Report on sanitation, dispensaries, and jails in Rajputana for 1913, and on vaccination for the year 1913-1914 - 1913-1914
Year: 1913
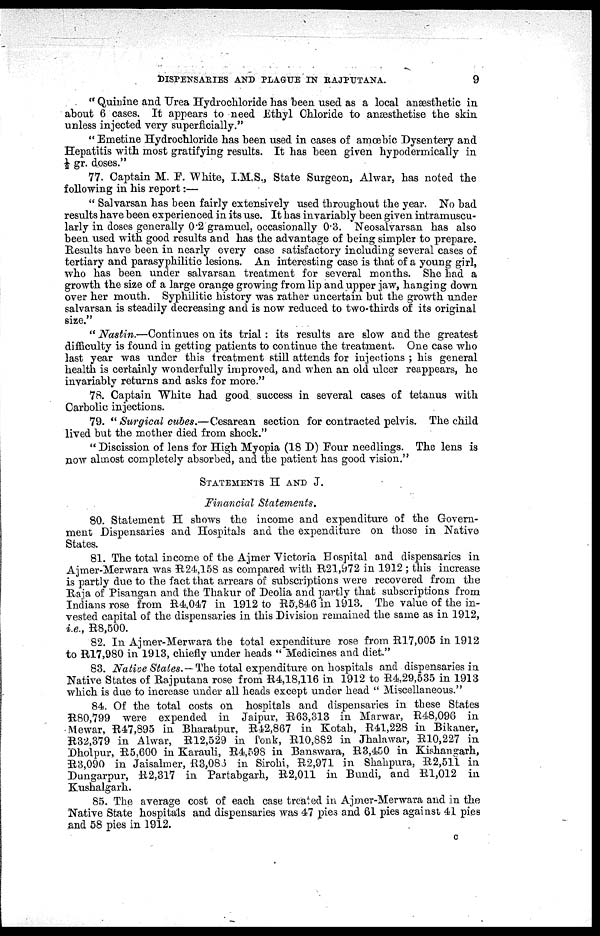
DISPENSARIES AND PLAGUE IN RAJPUTANA.
9
"Quinine and Urea Hydrochloride has been used as a local anæsthetic in
about 6 cases. It appears to need Ethyl Chloride to anæsthetise the skin
unless injected very superficially."
" Emetine Hydrochloride has been used in cases of amœbic Dysentery and
Hepatitis with most gratifying results. It has been given hypodermically in
½ gr. doses."
77. Captain M. F. White, I.M.S., State Surgeon, Alwar, has noted the
following in his report:—
" Salvarsan has been fairly extensively used throughout the year. No bad
results have been experienced in its use. It has invariably been given intramuscu-
larly in doses generally 0.2 gramuel, occasionally 0.3. Neosalvarsan has also
been used with good results and has the advantage of being simpler to prepare.
Results have been in nearly every case satisfactory including several cases of
tertiary and parasyphilitic lesions. An interesting case is that of a young girl,
who has been under salvarsan treatment for several months. She had a
growth the size of a large orange growing from lip and upper jaw, hanging down
over her mouth. Syphilitic history was rather uncertain but the growth under
salvarsan is steadily decreasing and is now reduced to two-thirds of its original
size."
" Nastin.—Continues on its trial : its results are slow and the greatest
difficulty is found in getting patients to continue the treatment. One case who
last year was under this treatment still attends for injections ; his general
health is certainly wonderfully improved, and when an old ulcer reappears, he
invariably returns and asks for more."
78. Captain White had good success in several cases of tetanus with
Carbolic injections.
79. " Surgical cubes.—Cesarean section for contracted pelvis. The child
lived but the mother died from shock."
"Discission of lens for High Myopia (18 D) Four needlings. The lens is
now almost completely absorbed, and the patient has good vision."
STATEMENTS H AND J.
Financial Statements.
80. Statement H shows the income and expenditure of the Govern-
ment Dispensaries and Hospitals and the expenditure on those in Native
States.
81. The total income of the Ajmer Victoria Hospital and dispensaries in
Ajmer-Merwara was R24,158 as compared with R21,972 in 1912; this increase
is partly due to the fact that arrears of subscriptions were recovered from the
Raja of Pisangan and the Thakur of Deolia and partly that subscriptions from
Indians rose from R4,047 in 1912 to R5,846 in 1913. The value of the in-
vested capital of the dispensaries in this Division remained the same as in 1912,
i.e., R8,500.
82. In Ajmer-Merwara the total expenditure rose from R17,005 in 1912
to R17,980 in 1913, chiefly under heads " Medicines and diet."
83. Native States.—The total expenditure on hospitals and dispensaries in
Native States of Rajputana rose from R4,18,116 in 1912 to R4,29,535 in 1913
which is due to increase under all heads except under head " Miscellaneous."
84. Of the total costs on hospitals and dispensaries in these States
R80,799 were expended in Jaipur, R63,313 in Marwar, R48,096 in
Mewar, R47,895 in Bharatpur, R42,867 in Kotah, R41,228 in Bikaner,
R32,379 in Alwar, R12,529 in Tonk, R10,882 in Jhalawar, R10,227 in
Dholpur, R5,600 in Karauli, R4,598 in Banswara, R3,450 in Kishangarh,
R3,090 in Jaisalmer, R3,086 in Sirohi, R2,971 in Shahpura, R2,511 in
Dungarpur, R2,317 in Partabgarh, R2,011 in Bundi, and R1,012 in
Kushalgarh.
85. The average cost of each case treated in Ajmer-Merwara and in the
Native State hospitals and dispensaries was 47 pies and 61 pies against 41 pies
and 58 pies in 1912.
C